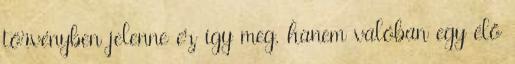
törvényben jelenne ez így meg, hanem valóban egy élő